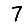
Digit: 7